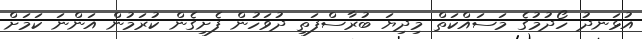
އުޅަނދު ހޯދުމުގެ މަސައްކަތް މިދިޔަ ބުރާސްފަތި ދުވަހުން ފެށިގެން ކުރަމުން އަންނަ ކަމަށް